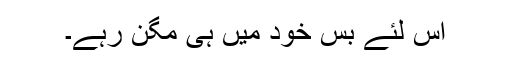
اس لئے بس خود میں ہی مگن رہے۔